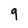
Character: 9